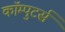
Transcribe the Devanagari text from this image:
कॉम्पुटर्स